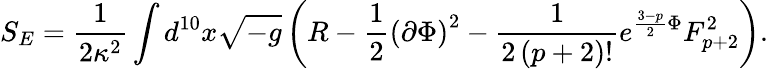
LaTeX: S_{E}=\frac{1}{2\kappa^{2}}\int d^{10}x\sqrt{-g}\left(R-\frac{1}{2}\left(\partial\Phi\right)^{2}-\frac{1}{2\left(p+2\right)!}e^{\frac{3-p}{2}\Phi}F_{p+2}^{2}\right).